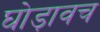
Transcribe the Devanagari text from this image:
घोड़ावच